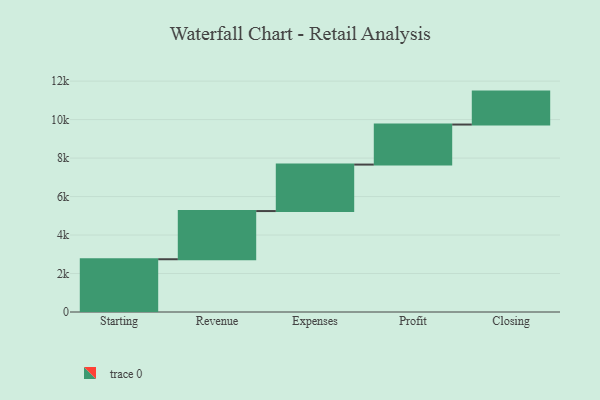
{"axis": {"x": "Step", "y": "Value"}, "legend": [""], "data": [{"x": "Starting", "y": 2742.0, "type": ""}, {"x": "Revenue", "y": 2504.0, "type": ""}, {"x": "Expenses", "y": 2416.0, "type": ""}, {"x": "Profit", "y": 2081.0, "type": ""}, {"x": "Closing", "y": 1712.0, "type": ""}]}